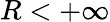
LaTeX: R<+\infty